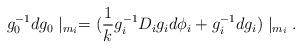
LaTeX: \begin{align*}g_{0}^{-1}dg_{0}\mid_{m_{i}}=(\frac{1}{k}g_{i}^{-1}D_{i}g_{i}d\phi_{i} +g_{i}^{-1}dg_{i})\mid_{m_{i}}.\end{align*}